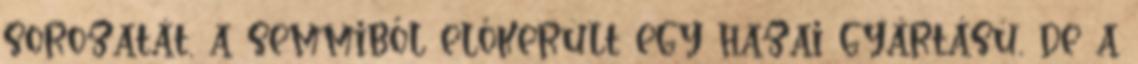
sorozatát, a semmiből előkerült egy hazai gyártású, de a